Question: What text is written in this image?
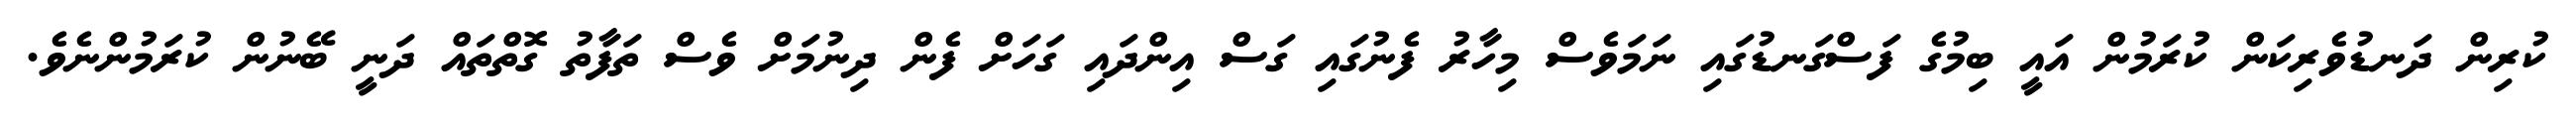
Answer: ކުރިން ދަނޑުވެރިކަން ކުރަމުން އައީ ބިމުގެ ފަސްގަނޑުގައި ނަމަވެސް މިހާރު ފެނުގައި ގަސް އިންދައި ގަހަށް ފެން ދިނުމަށް ވެސް ތަފާތު ގޮތްތައް ދަނީ ބޭނުން ކުރަމުންނެވެ.